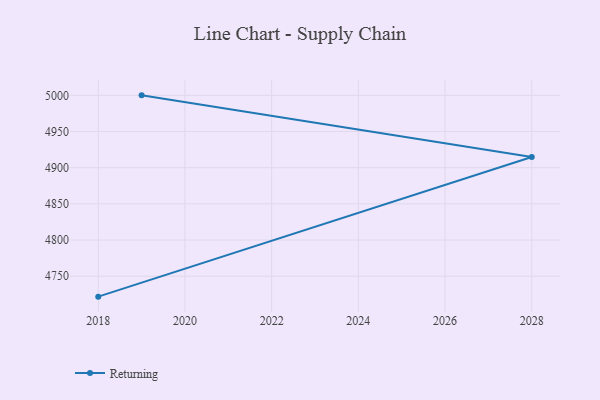
{"axis": {"x": "Year", "y": "Latency (ms)"}, "legend": ["Returning"], "data": [{"x": "2018", "y": 4721.7, "type": "Returning"}, {"x": "2028", "y": 4914.7, "type": "Returning"}, {"x": "2019", "y": 5000, "type": "Returning"}]}